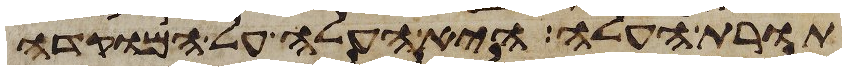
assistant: תורת העלה היא העלה על המוקדה